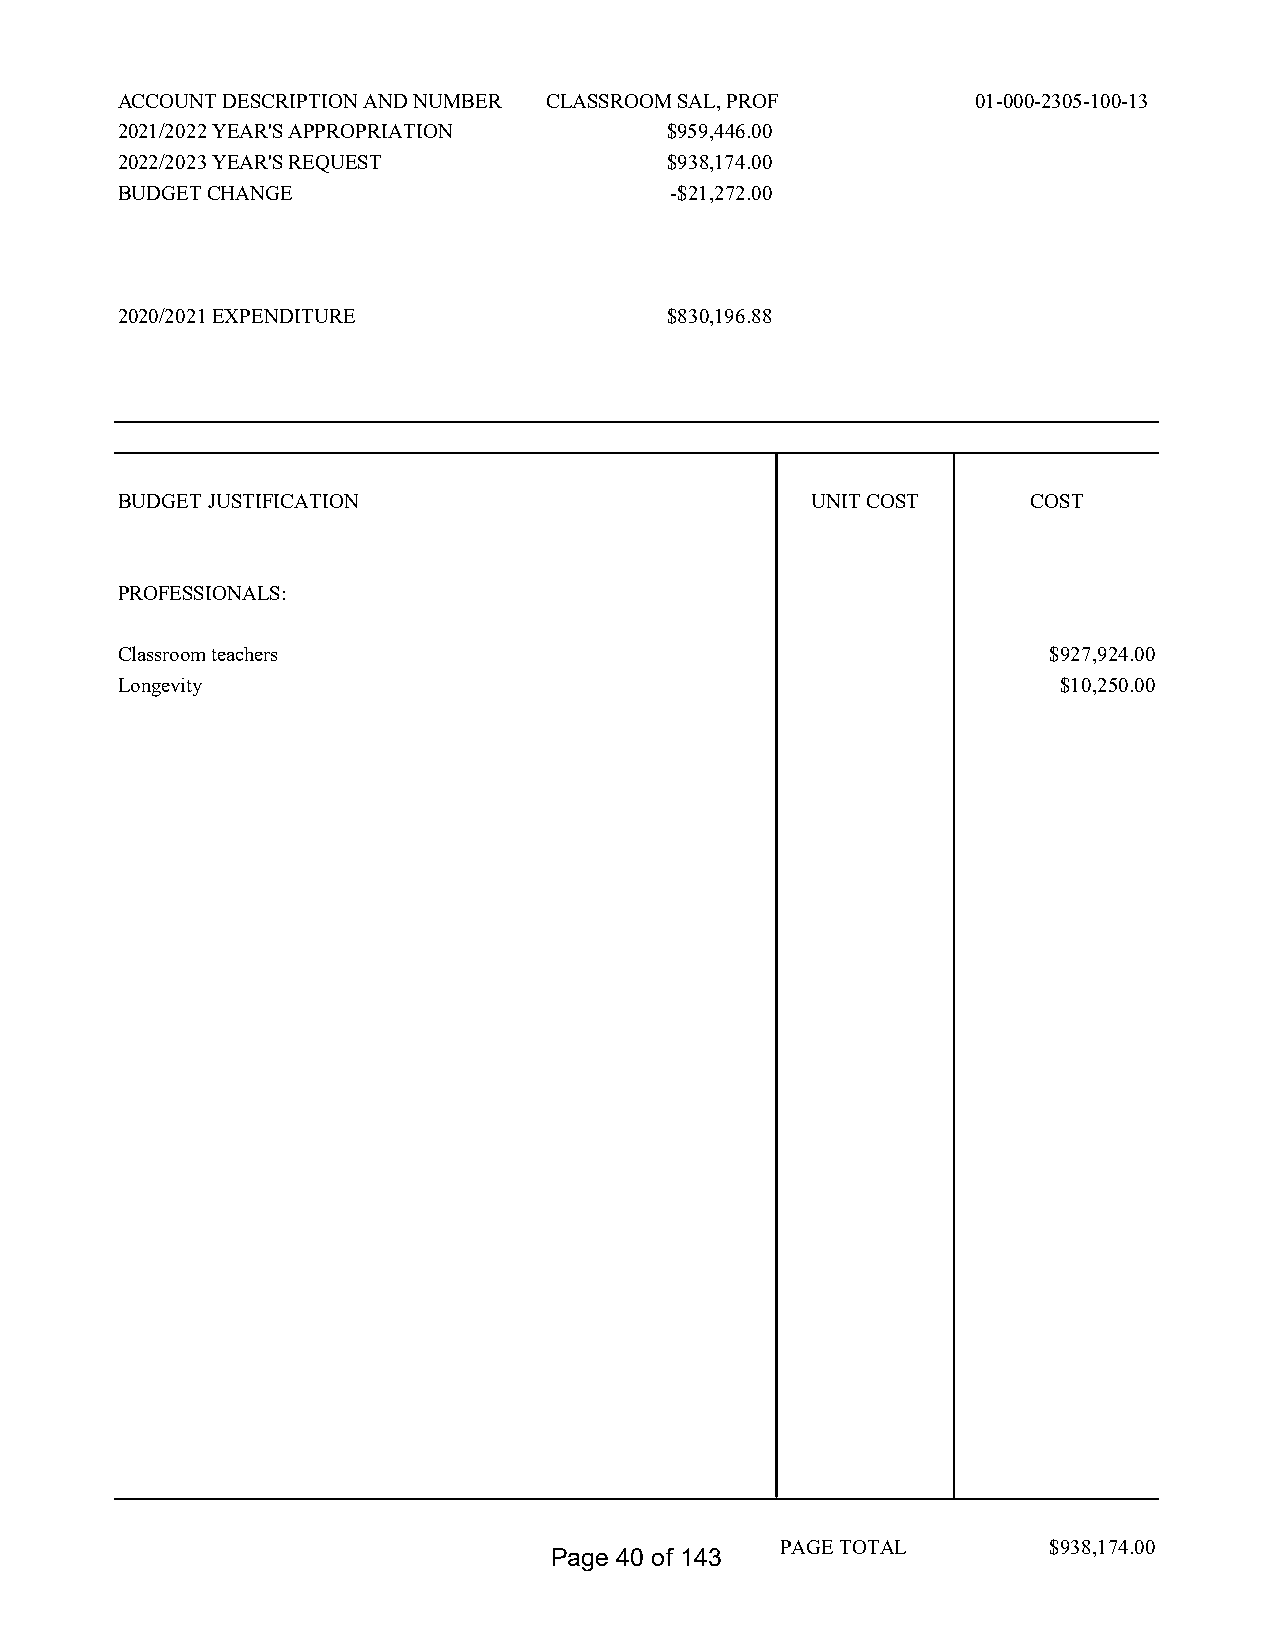
ACCOUNT DESCRIPTION AND NUMBER CLASSROOM SAL, PROF       01-000-2305-100-13
 2021/2022 YEAR'S APPROPRIATION      $959,446.00
 2022/2023 YEAR'S REQUEST            $938,174.00
 BUDGET CHANGE                       -$21,272.00
 2020/2021 EXPENDITURE               $830,196.88
 BUDGET JUSTIFICATION                          UNIT COST     COST
 PROFESSIONALS:
 Classroom teachers                                            $927,924.00
 Longevity                                                     $10,250.00
 PAGE TOTAL        $938,174.00
 Page 40 of 143